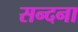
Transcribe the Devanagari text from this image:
सन्दना